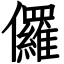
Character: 儸